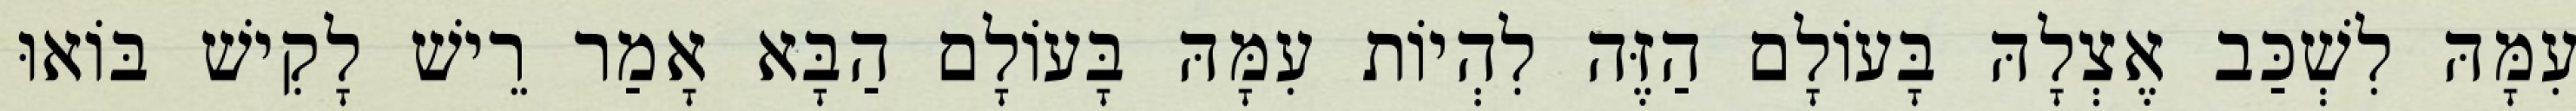
עִמָּהּ לִשְׁכַּב אֶצְלָהּ בָּעוֹלָם הַזֶּה לִהְיוֹת עִמָּהּ בָּעוֹלָם הַבָּא אָמַר רֵישׁ לָקִישׁ בּוֹאוּ